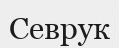
Севрук